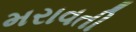
મરાવતી